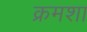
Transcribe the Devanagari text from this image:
क्रमशा